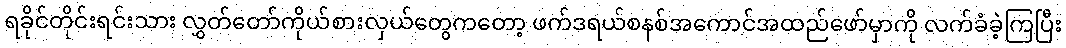
ရခိုင်တိုင်းရင်းသား လွှတ်တော်ကိုယ်စားလှယ်တွေကတော့ ဖက်ဒရယ်စနစ်အကောင်အထည်ဖော်မှာကို လက်ခံခဲ့ကြပြီး